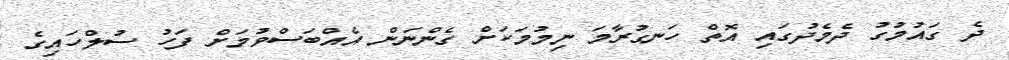
ދެ ގައުމުގު ދެމެދުގައި އޮތް ހަނގުރާމަ ނިމުމަކަށް ގެންނަން އެއްބަސްވުމަށް ފަހު ސުލްހައިގެ